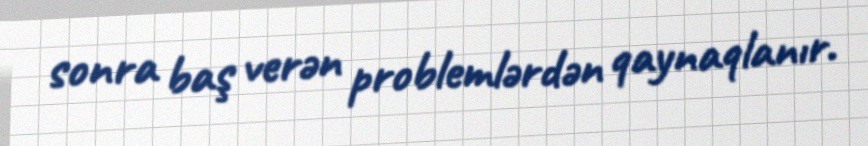
sonra baş verən problemlərdən qaynaqlanır.